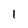
Character: 1